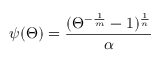
\psi ( \Theta ) = \frac { ( \Theta ^ { - \frac { 1 } { m } } - 1 ) ^ { \frac { 1 } { n } } } { \alpha }